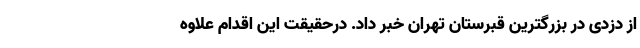
از دزدی در بزرگترین قبرستان تهران خبر داد. درحقیقت این اقدام علاوه